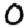
Digit: 0